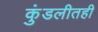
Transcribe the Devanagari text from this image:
कुंडलीतही